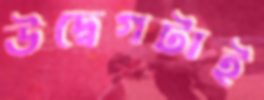
উদ্বেগটাই